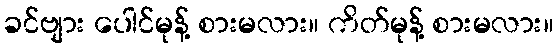
ခင်ဗျား ပေါင်မုန့် စားမလား။ ကိတ်မုန့် စားမလား။